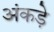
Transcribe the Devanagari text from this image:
अंकड़े